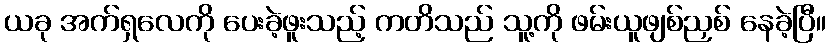
ယခု အက်ရှလေကို ပေးခဲ့ဖူးသည့် ကတိသည် သူ့ကို ဖမ်းယူဖျစ်ညှစ် နေခဲ့ပြီ။